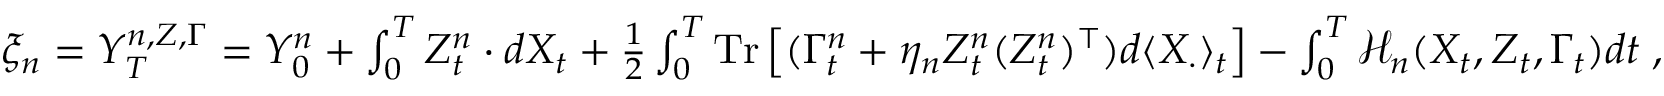
\begin{array} { r } { \xi _ { n } = Y _ { T } ^ { n , Z , \Gamma } = Y _ { 0 } ^ { n } + \int _ { 0 } ^ { T } Z _ { t } ^ { n } \cdot d X _ { t } + \frac 1 2 \int _ { 0 } ^ { T } \mathrm { T r } \left[ ( \Gamma _ { t } ^ { n } + \eta _ { n } Z _ { t } ^ { n } ( Z _ { t } ^ { n } ) ^ { \top } ) d \langle X _ { \cdot } \rangle _ { t } \right] - \int _ { 0 } ^ { T } \mathcal { H } _ { n } ( X _ { t } , Z _ { t } , \Gamma _ { t } ) d t \; , } \end{array}